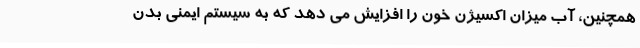
همچنین، آب میزان اکسیژن خون را افزایش می دهد که به سیستم ایمنی بدن